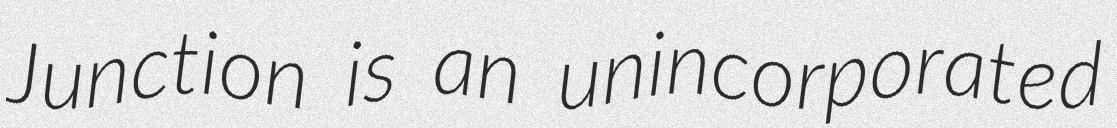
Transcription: Junction is an unincorporated